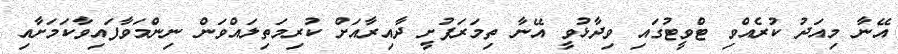
އޭނާ މިއަދު ކުރެއްވި ޓްވީޓުގައި ވިދާޅުވީ އޭނާ ތިމަރަފުށީ ދާއިރާއަށް ކުރިމަތިލައްވަން ނިންމަވާފައިވާކަމަށާއި